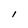
Character: l